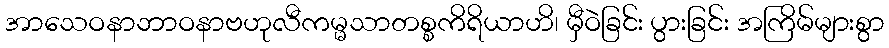
အာသေဝနာဘာဝနာဗဟုလီကမ္မသာတစ္စကိရိယာဟိ၊ မှီဝဲခြင်း ပွားခြင်း အကြိမ်များစွာ